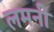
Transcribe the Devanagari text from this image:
लमनी